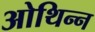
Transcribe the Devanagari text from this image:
ओथिन्न